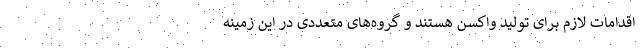
اقدامات لازم برای تولید واکسن هستند و گروه‌های متعددی در این زمینه